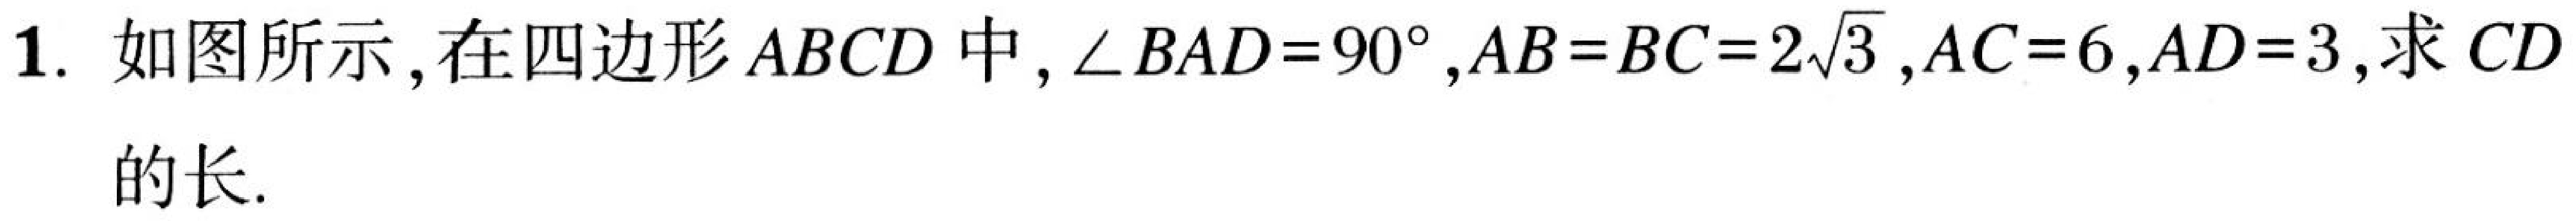
1. 如图所示，在四边形 \(ABCD\) 中，\(\angle BAD = 90^{\circ}\)，\(AB = BC = 2\sqrt{3}\)，\(AC = 6\)，\(AD = 3\)，求 \(CD\) 的长.